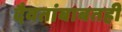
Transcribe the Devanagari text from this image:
दैवतांबाबतही